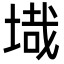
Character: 𭎶